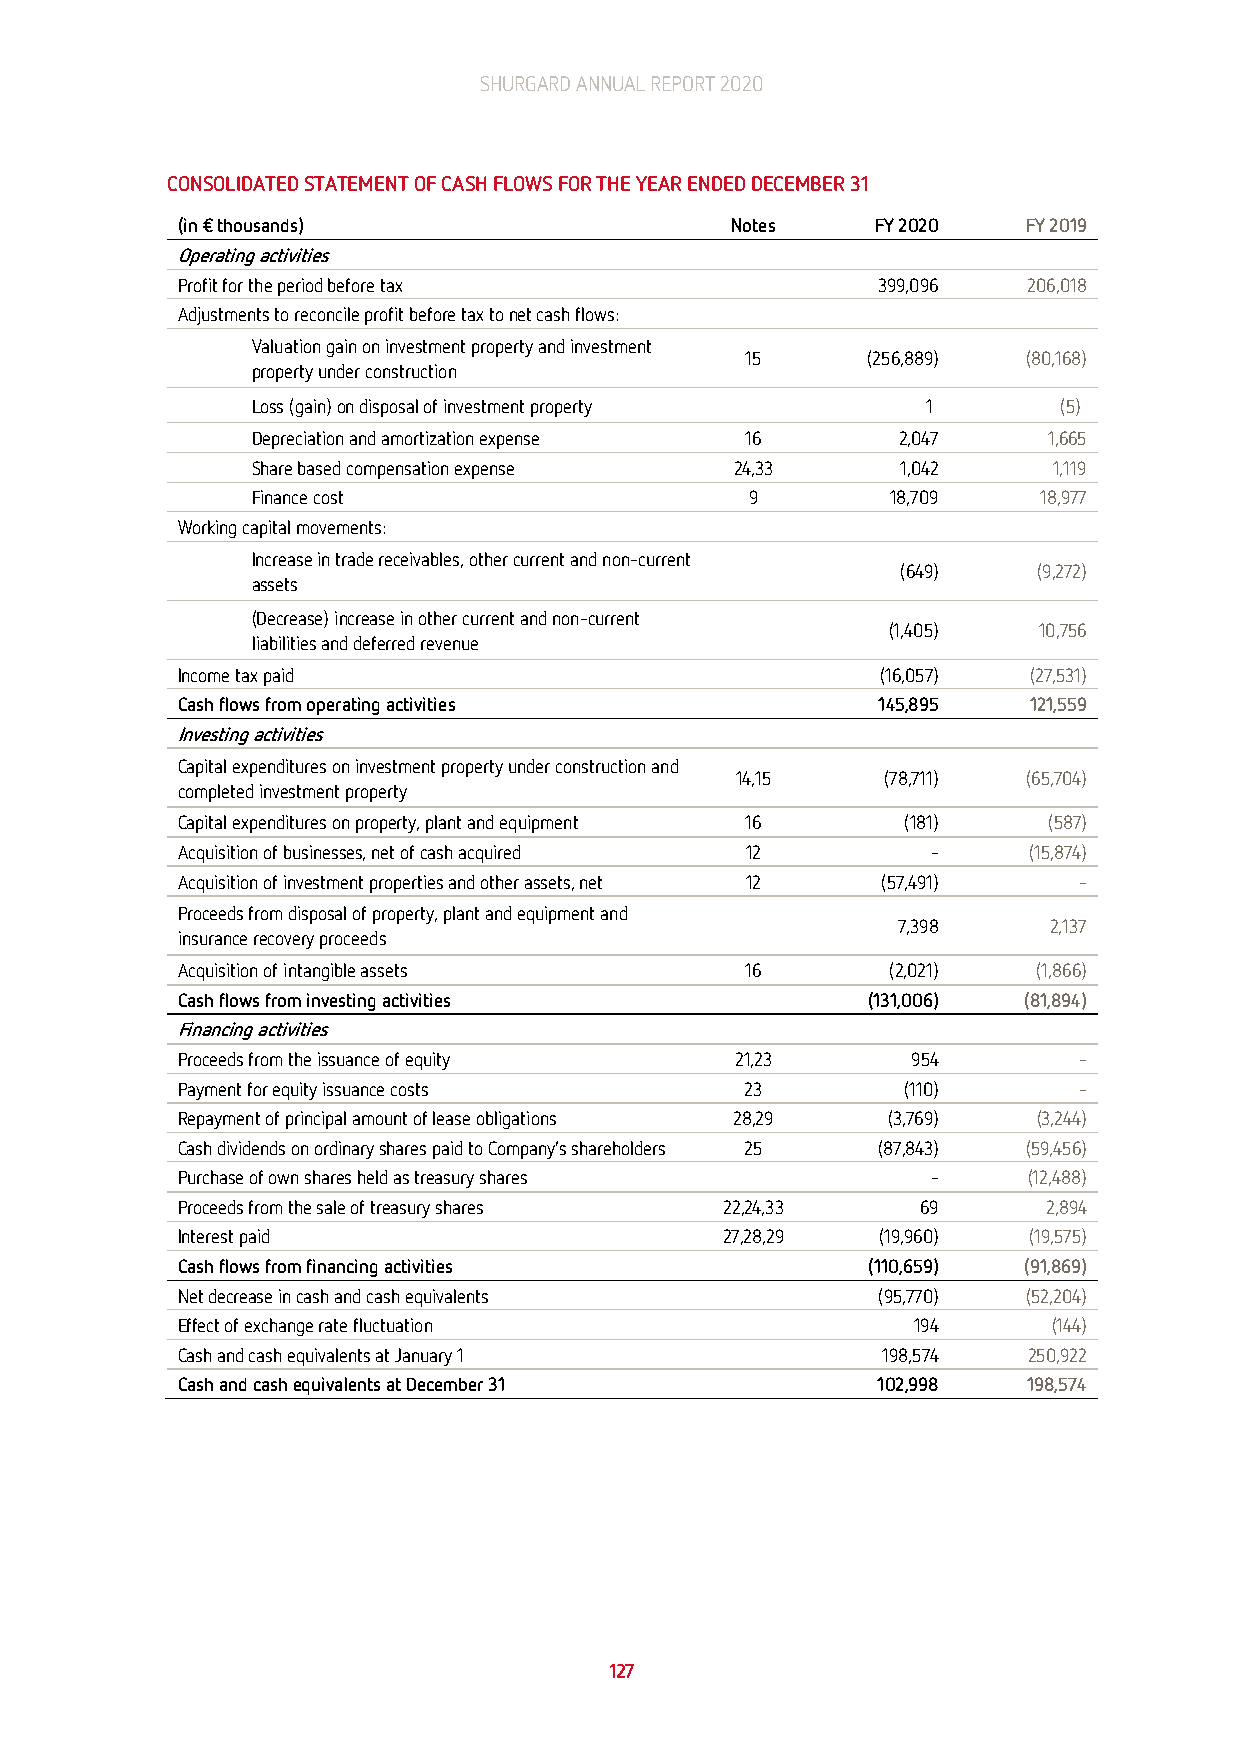
SHURGARD ANNUAL REPORT 2020
 CONSOLIDATED STATEMENT OF CASH FLOWS FOR THE YEAR ENDED DECEMBER 31
 (in € thousands)                    Notes     FY 2020   FY 2019
 Operating activities
 Profit for the period before tax              399,096   206,018
 Adjustments to reconcile profit before tax to net cash flows:
 Valuation gain on investment property and investment
 15      (256,889)  (80,168)
 property under construction
 Loss (gain) on disposal of investment property 1     (5)
 Depreciation and amortization expense 16  2,047     1,665
 Share based compensation expense 24,33     1,042     1,119
 Finance cost                     9        18,709    18,977
 Working capital movements:
 Increase in trade receivables, other current and non-current
 (649)    (9,272)
 assets
 (Decrease) increase in other current and non-current
 (1,405)   10,756
 liabilities and deferred revenue
 Income tax paid                               (16,057)  (27,531)
 Cash flows from operating activities          145,895   121,559
 Investing activities
 Capital expenditures on investment property under construction and
 14,15    (78,711)  (65,704)
 completed investment property
 Capital expenditures on property, plant and equipment 16 (181) (587)
 Acquisition of businesses, net of cash acquired 12 -    (15,874)
 Acquisition of investment properties and other assets, net 12 (57,491) -
 Proceeds from disposal of property, plant and equipment and
 7,398     2,137
 insurance recovery proceeds
 Acquisition of intangible assets     16        (2,021)   (1,866)
 Cash flows from investing activities         (131,006)  (81,894)
 Financing activities
 Proceeds from the issuance of equity 21,23      954        -
 Payment for equity issuance costs    23         (110)      -
 Repayment of principal amount of lease obligations 28,29 (3,769) (3,244)
 Cash dividends on ordinary shares paid to Company’s shareholders 25 (87,843) (59,456)
 Purchase of own shares held as treasury shares    -     (12,488)
 Proceeds from the sale of treasury shares 22,24,33 69    2,894
 Interest paid                       27,28,29  (19,960)  (19,575)
 Cash flows from financing activities         (110,659)  (91,869)
 Net decrease in cash and cash equivalents     (95,770)  (52,204)
 Effect of exchange rate fluctuation             194       (144)
 Cash and cash equivalents at January 1        198,574   250,922
 Cash and cash equivalents at December 31      102,998   198,574
 127